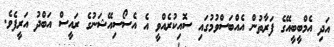
އަދި އެމްބީބީއޭގެ ފަރާތުން އެއްބަސްވުމުގައި ސޮއިކުރެއްވީ އެ އެސޯސިއޭޝަނުގެ ރައީސް އަބްދު އަރީފެވެ.